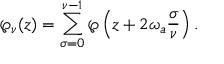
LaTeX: \wp _ { \nu } ( z ) = \sum _ { \sigma = 0 } ^ { \nu - 1 } \wp \left( z + 2 \omega _ { a } \frac { \sigma } { \nu } \right) .